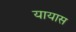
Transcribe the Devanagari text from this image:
यायास